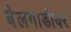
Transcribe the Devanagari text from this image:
बैलगाडीवर